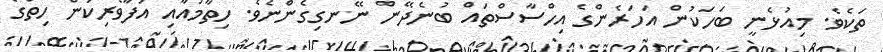
ތަކެވެ. މިއުޅެނީ ބަހަކުން އަހަރެންގެ އިހްސާސްތައް ބުނެދޭން ނޭނގިގެންނެވެ. ހިތާމައާއި އުފާވެރިކަން ހިތުގެ